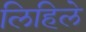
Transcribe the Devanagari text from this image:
लिहिलेे